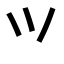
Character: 𭕄